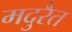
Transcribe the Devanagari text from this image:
मदुरैत